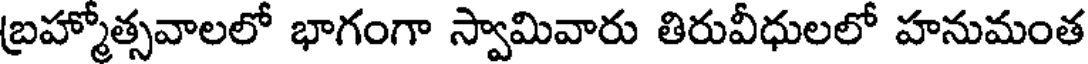
బ్రహ్మోత్సవాలలో భాగంగా స్వామివారు తిరువీధులలో హనుమంత